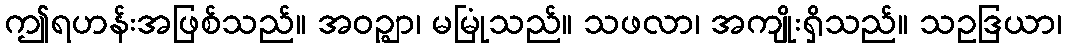
ဤရဟန်းအဖြစ်သည်။ အဝဉ္ဈာ၊ မမြုံသည်။ သဖလာ၊ အကျိုးရှိသည်။ သဥဒြယာ၊